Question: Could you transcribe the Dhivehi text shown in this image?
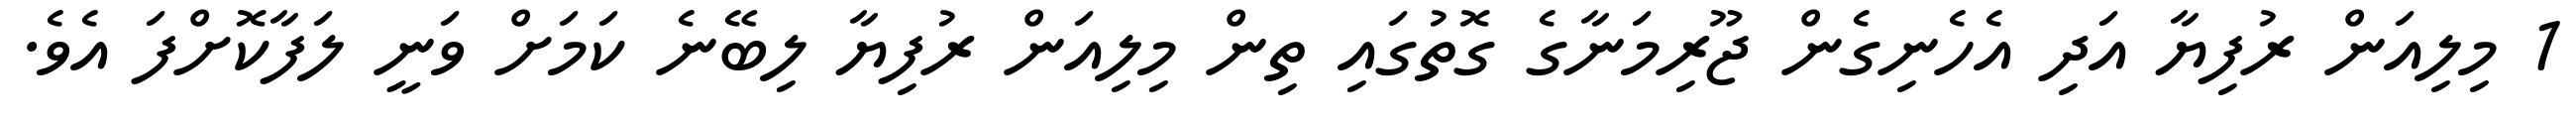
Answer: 1 މިލިއަން ރުފިޔާ އަދި އެހެނިގެން ޖޫރިމަނާގެ ގޮތުގައި ތިން މިލިއަން ރުފިޔާ ލިބޭނެ ކަމަށް ވަނީ ލަފާކޮށްފަ އެވެ.